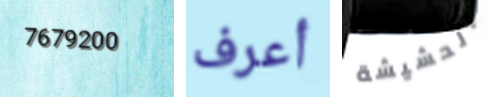
7679200 أعرف الحشيشة